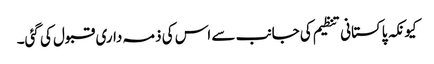
کیونکہ پاکستانی تنظیم کی جانب سے اس کی ذمہ داری قبول کی گئی۔